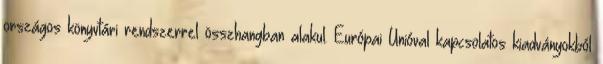
országos könyvtári rendszerrel összhangban alakul. Európai Unióval kapcsolatos kiadványokból